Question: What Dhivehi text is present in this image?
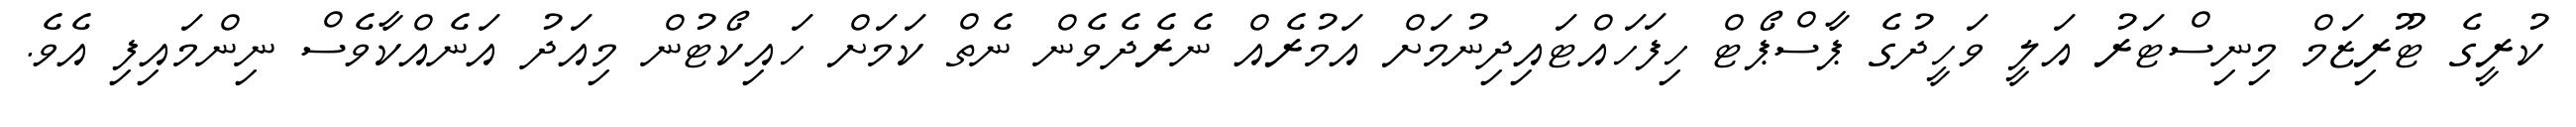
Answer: ކުރީގެ ޓޫރިޒަމް މިނިސްޓަރު އަލީ ވަހީދުގެ ޕާސްޕޯޓް ހިފަހައްޓައިދިނުމަށް އަމުރެއް ނެރެދެވެން ނެތް ކަމަށް ހައިކޯޓުން މިއަދު އަނެއްކާވެސް ނިންމައިފި އެވެ.